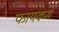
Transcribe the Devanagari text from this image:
फायकम